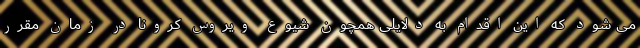
می شود که این اقدام به دلایلی همچون شیوع ویروس کرونا در زمان مقرر